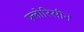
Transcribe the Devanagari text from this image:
फ्लोरिसीन